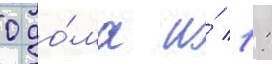
0 до́ма и́ 1: